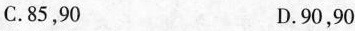
C.85，90 D.90，90